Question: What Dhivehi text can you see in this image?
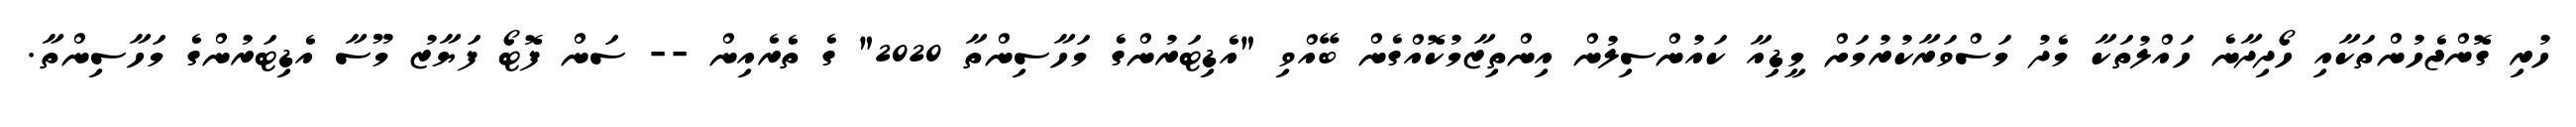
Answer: ހުރި ގޮންޖެހުންތަކާއި ހޯދިދާނެ ހައްލުތަކާ މެދު މަސްވަރާކުރުމަށް މީޑިއާ ކައުންސިލުން އިންތިޒާމުކޮއްގެން ބޭއްވި "އެޑިޓަރުންގެ މަހާސިންތާ 2020" ގެ ތެރެއިން -- ސަން ފޮޓޯ ފަޔާޒު މޫސާ އެޑިޓަރުންގެ މަހާސިންތާ.